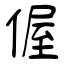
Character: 偓